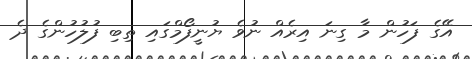
އޭގެ ފަހުން މާ ގިނަ އިރެއް ނުވެ ޔުނީފޯމްގައި ތިބި ފުލުހުންގެ ދެ